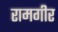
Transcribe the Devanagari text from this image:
रामगीर